Civil Veterinary Department. Madras. Admin. report 1926-33 - 1926-1933
Year: 1926
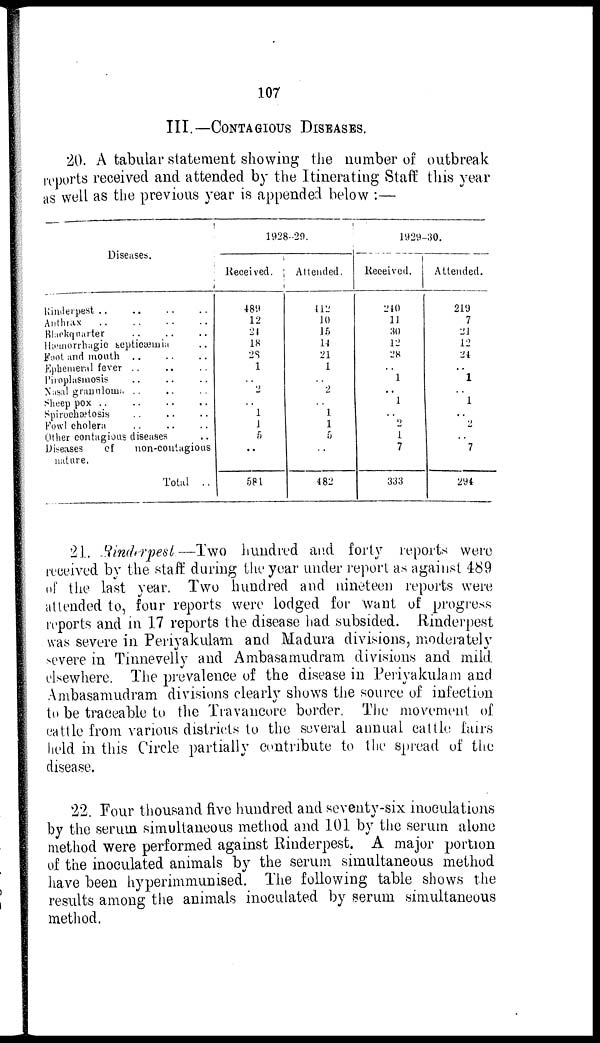
107
III.—CONTAGIOUS
DISEASES.
20. A tabular statement showing the number of outbreak
reports received and attended by the Itinerating Staff this year
as well as the previous year is appended below :—
Diseases.
Rinderpest .. .. .. ..
Anthrax
..
..
..
..
Blackquarter .. .. ..
Hæmorrhagic septicæmia ..
Foot and mouth .. .. .. ..
Ephemeral fever .. .. .. ..
Piroplasmosis .. .. .. ..
Masal granuloma .. .. ..
Sheep pox
..
..
..
..
Spirochætosis
..
..
..
Fowl cholera
..
..
..
Other contagious diseases ..
Diseases
of
non-contagious
nature.
Total ..
1928-29.
Received.
489
12
21
18
2S
1
..
2
..
1
1
5
..
581
Attended.
412
10
15
14
21
1
..
2
..
1
1
5
..
482
1929-30.
Received.
240
11
30
12
28
..
1
..
1
..
2
1
7
333
Attended.
219
7
21
12
24
..
1
1
..
2
..
7
294
21. Rinderpest.—Two hundred and forty reports were
received by the staff during the year under report as against 489
of the last year. Two hundred and nineteen reports were
attended to, four reports were lodged for want of progress
reports and in 17 reports the disease had subsided. Rinderpest
was severe in Periyakulam and Madura divisions, moderately
severe in Tinnevelly and Ambasamudram divisions and mild
elsewhere. The prevalence of the disease in Periyakulam and
Ambasamudram divisions clearly shows the source of infection
to be traceable to the Travancore border. The movement of
cattle from various districts to the several annual cattle fairs
held in this Circle partially contribute to the spread of the
disease.
22. Four thousand five hundred and seventy-six inoculations
by the serum simultaneous method and 101 by the serum alone
method were performed against Rinderpest. A major portion
of the inoculated animals by the serum simultaneous method
have been hyperimmunised. The following table shows the
results among the animals inoculated by serum simultaneous
method.